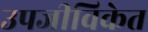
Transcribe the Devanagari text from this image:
उपजीविकेत